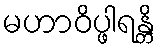
မဟာဝိပ္ဖါရန္တိ